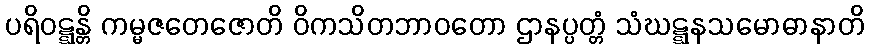
ပရိဝဋ္ဋန္တိ ကမ္မဇတေဇောတိ ဝိကသိတဘာဝတော ဌာနပ္ပတ္တံ သံဃဋ္ဋနသမောဓာနာတိ